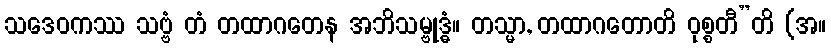
သဒေဝကဿ သဗ္ဗံ တံ တထာဂတေန အဘိသမ္ဗုဒ္ဓံ။ တသ္မာ, တထာဂတောတိ ဝုစ္စတီ”တိ (အ။